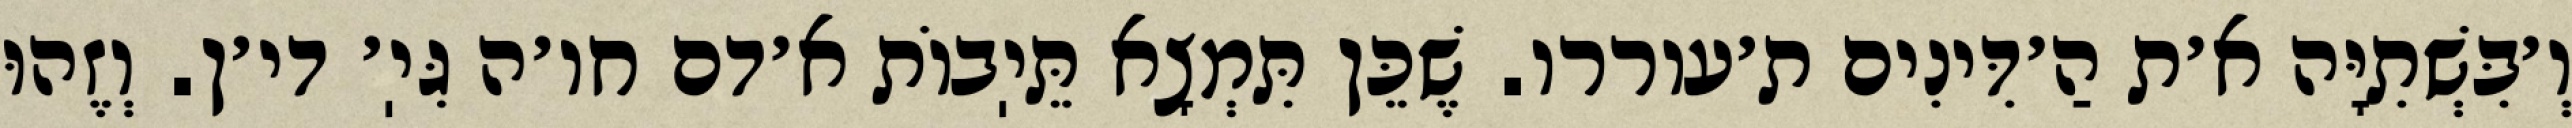
וְ׳בִּשְׁתִיָּה א׳ת הַ׳דִּינִים ת׳עוררו. שֶׁכֵּן תִּמְצָא תֵּיֽבוֹת א׳דם חו׳ה גִּיֽ׳ די׳ן. וְזֶהוּ